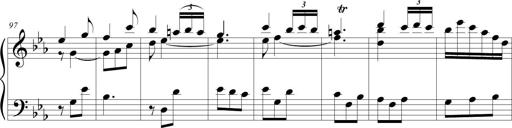
Title: Tiny Tina
Composer: Michel Rondeau
Key: E-flat major